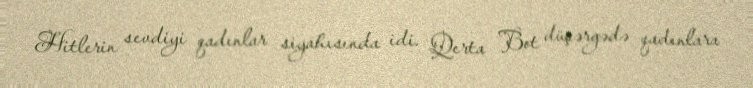
Hitlerin sevdiyi qadınlar siyahısında idi. Qerta Bot düşərgədə qadınlara